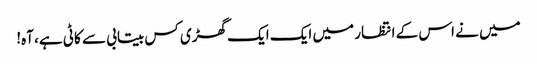
میں نے اس کے انتظار میں ایک ایک گھڑی کس بیتابی سے کاٹی ہے، آہ!